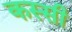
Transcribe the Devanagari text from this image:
कस्सी